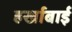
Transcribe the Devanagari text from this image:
हर्खाबाई